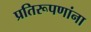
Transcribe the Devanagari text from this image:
प्रतिरूपणांना